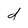
Character: d